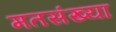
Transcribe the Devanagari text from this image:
मतसंख्या